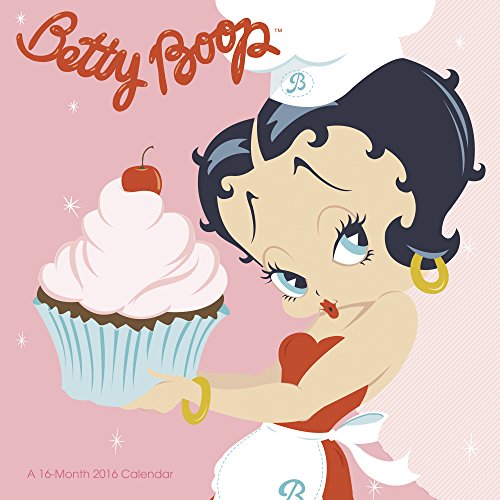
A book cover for Betty Boop Wall Calendar (2016); Mead; Calendars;